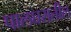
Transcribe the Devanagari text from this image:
पालघरातील